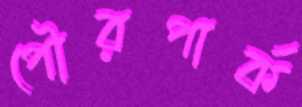
পৌরপার্ক